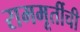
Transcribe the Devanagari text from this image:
राममूर्तीची